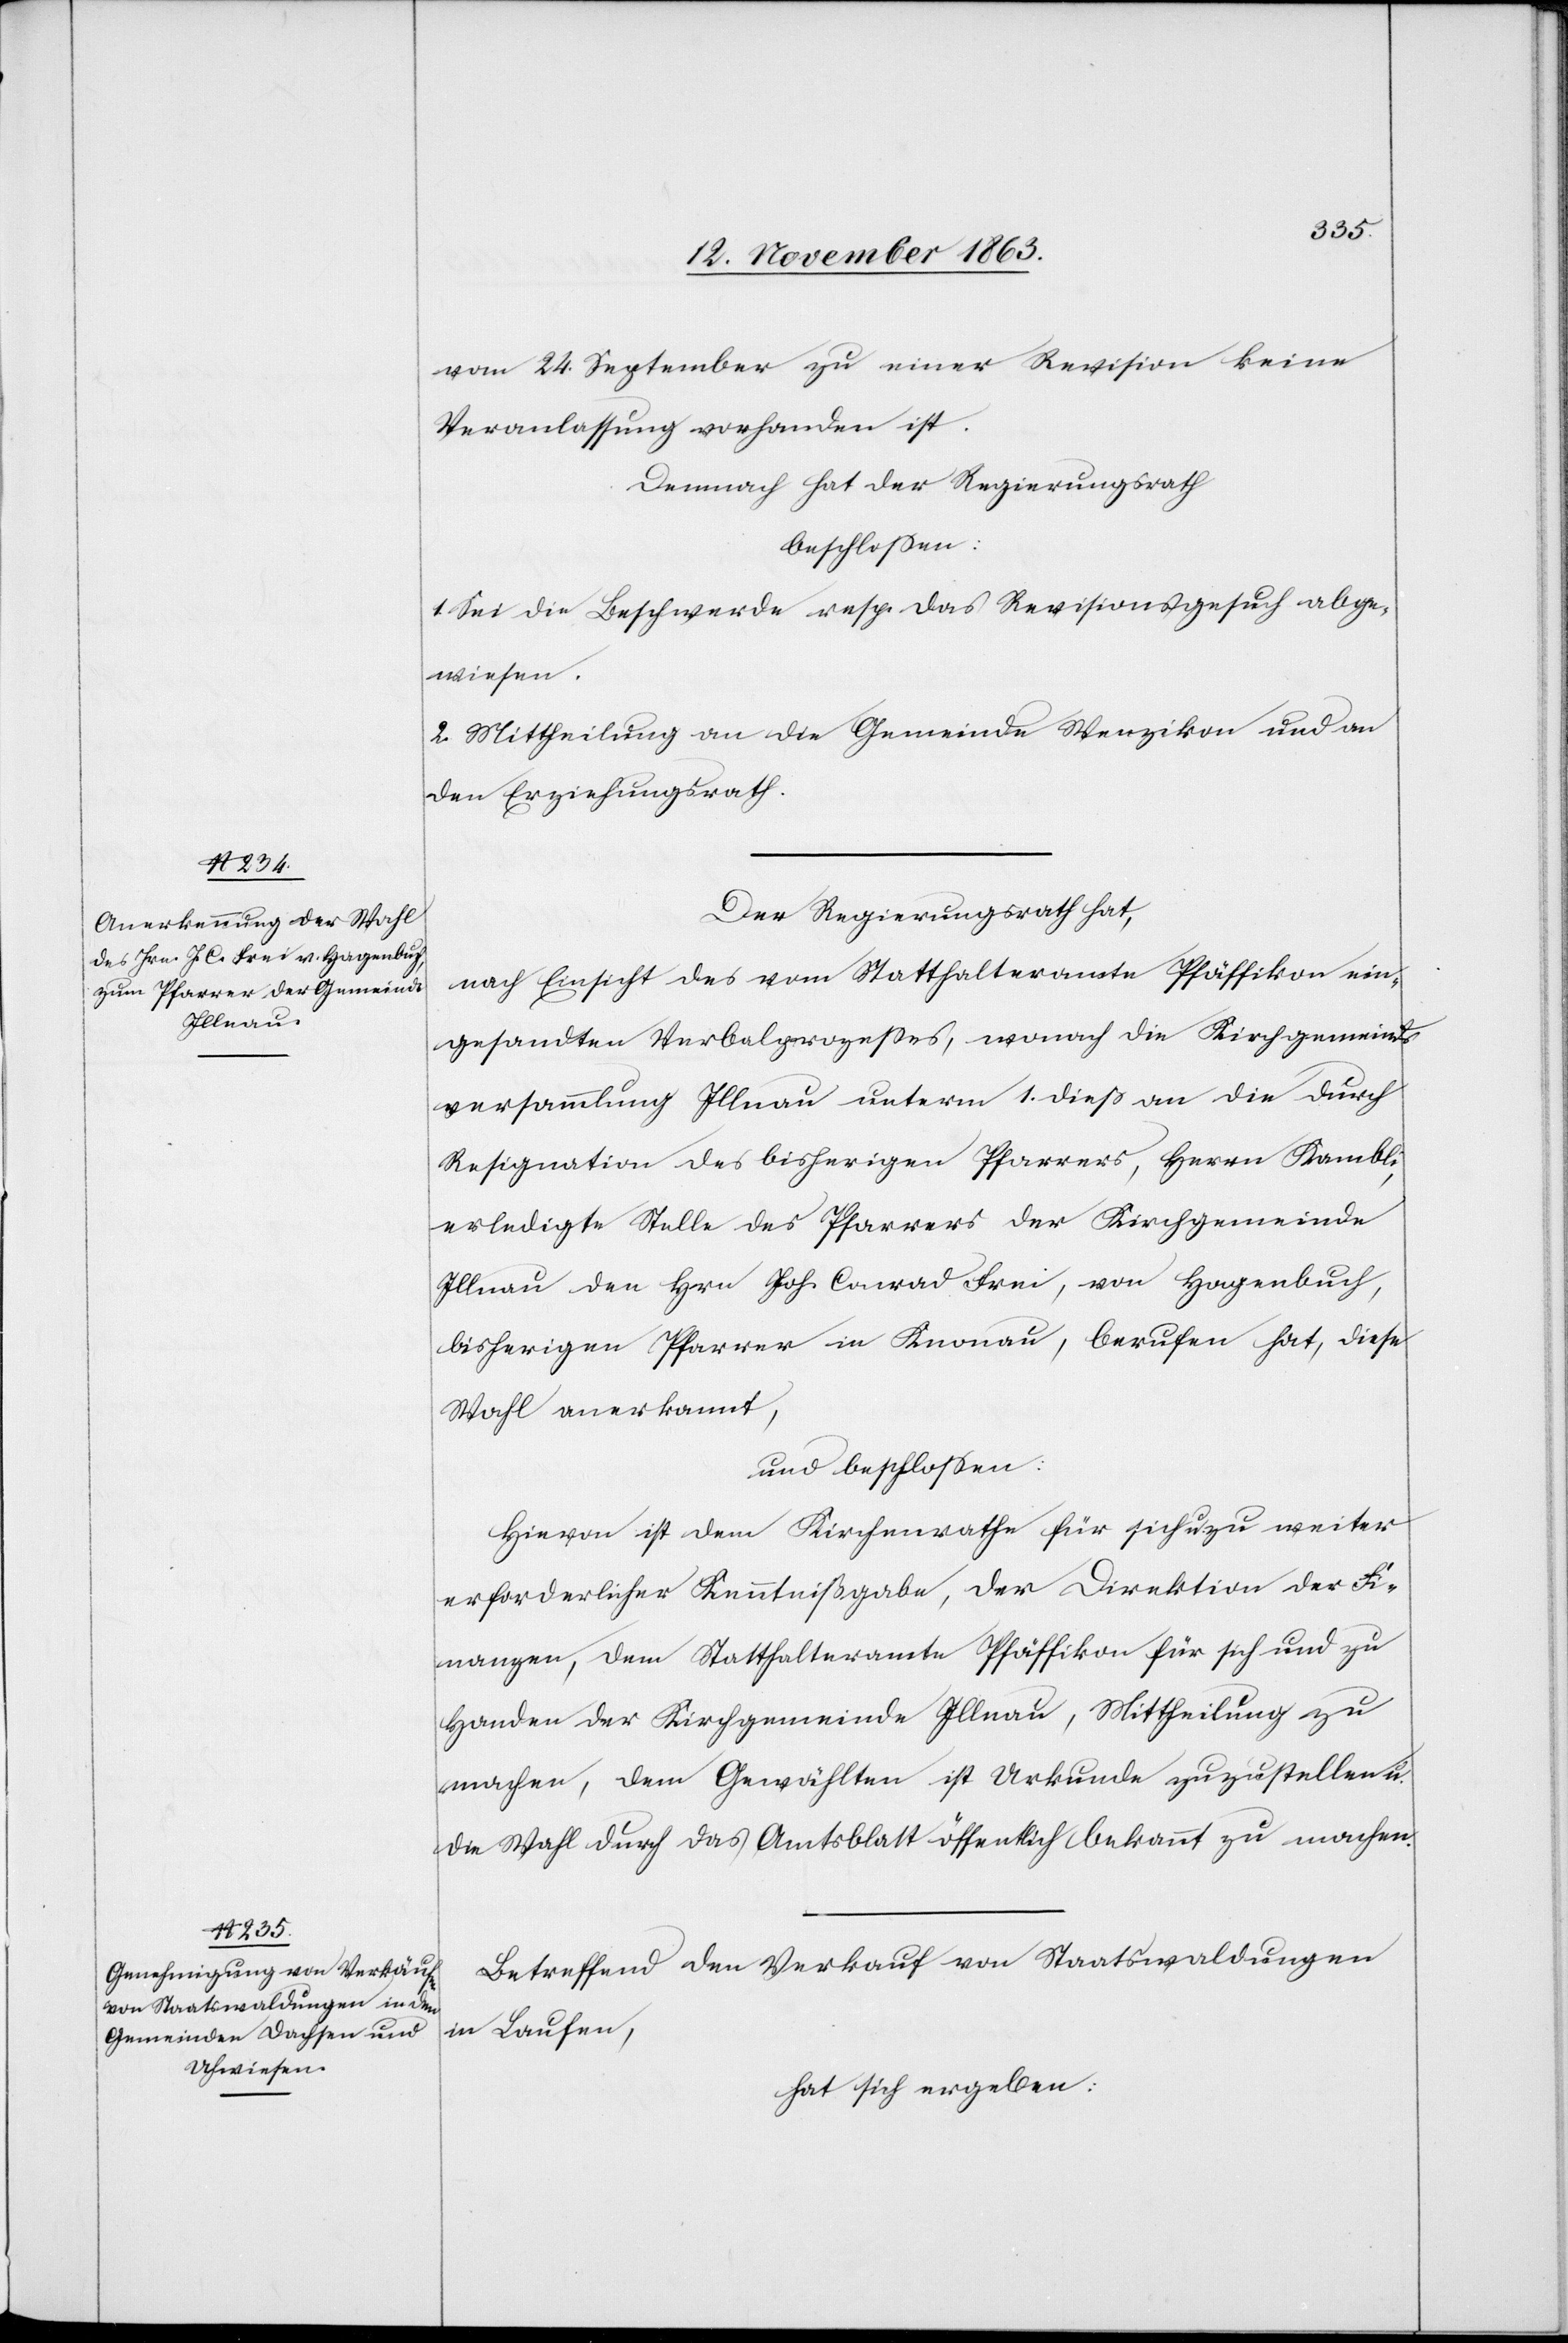
vom 24. September zu einer Revision keine
Veranlassung vorhanden ist.
Demnach hat der Regierungsrath
beschlossen:
1. Sei die Beschwerde resp. das Revisionsgesuch abge¬
wiesen.
2. Mittheilung an die Gemeinde Wenzikon und an
den Erziehungsrath.
Der Regierungsrath hat,
nach Einsicht des vom Statthalteramte Pfäffikon ein¬
gesandten Verbalprozesses, wonach die Kirchgemeinds¬
versammlung Illnau unterm 1. dieß an die durch
Resignation des bisherigen Pfarrers, Herrn Kambli,
erledigte Stelle des Pfarrers der Kirchgemeinde
Illnau den Hrn Joh. Conrad Frei, von Hagenbuch,
bisherigen Pfarrer in Knonau, berufen hat, diese
Wahl anerkannt,
und beschlossen:
Hievon ist dem Kirchenrathe für sich u. zu weiter
erforderlicher Kenntnißgabe, der Direktion der Fi¬
nanzen, dem Statthalteramte Pfäffikon für sich und zu
Handen der Kirchgemeinde Illnau, Mittheilung zu
machen, dem Gewählten ist Urkunde zuzustellen u.
die Wahl durch das Amtsblatt öffentlich bekannt zu machen.
Betreffend den Verkauf von Staatswaldungen
in Laufen,
hat sich ergeben: